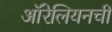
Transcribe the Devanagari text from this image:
ऑरेलियनची